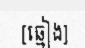
[ឆ្មៀង]